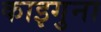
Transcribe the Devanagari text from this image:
काइगुना